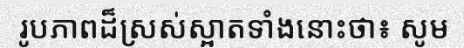
រូបភាពដ៏ស្រស់ស្អាតទាំងនោះថា៖ សូម